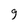
Character: 9